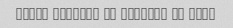
Mesle hamishe ba keyfiat va taze